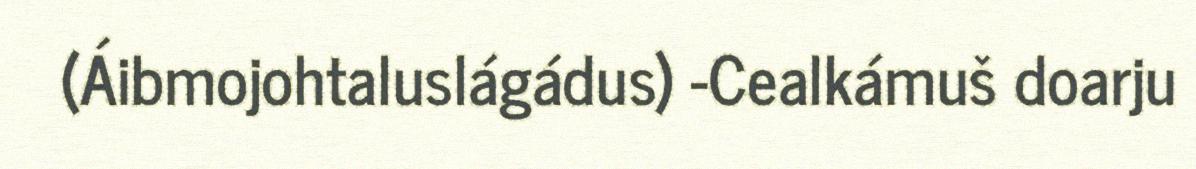
(Áibmojohtaluslágádus) -Cealkámuš doarju